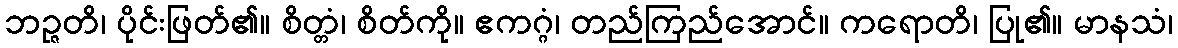
ဘဉ္ဇတိ၊ ပိုင်းဖြတ်၏။ စိတ္တံ၊ စိတ်ကို။ ဧကဂ္ဂံ၊ တည်ကြည်အောင်။ ကရောတိ၊ ပြု၏။ မာနသံ၊